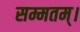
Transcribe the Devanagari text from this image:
सम्मतम्।